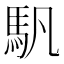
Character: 䭵